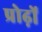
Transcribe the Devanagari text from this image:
प्रोढ़ों